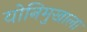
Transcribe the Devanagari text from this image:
योनिमुखाला